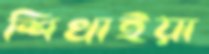
শিখাইয়া